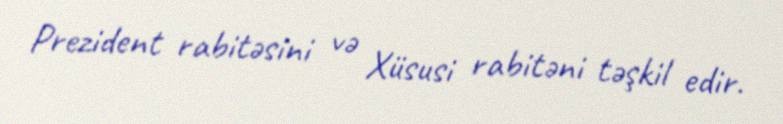
Prezident rabitəsini və Xüsusi rabitəni təşkil edir.